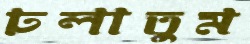
ঢলাতুম